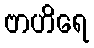
ဗာဟိရေ